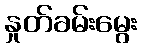
နှုတ်ခမ်းမွေး